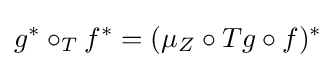
g^{*}\circ _{T}f^{*}=(\mu _{Z}\circ Tg\circ f)^{*}